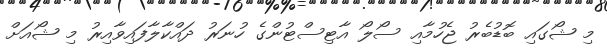
މި ޝޯގައި ބޮޑުބެރު ޖެހުމާއި ސޯލޯ އާޓިސްޓުންގެ ހުނަރު ދައްކާލާފައިވާއިރު މި ޝޯއަށް